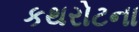
કથરોટના